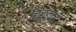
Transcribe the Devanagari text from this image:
हिंदूहृदय